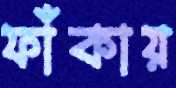
ফাঁকায়